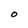
Character: O